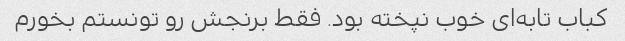
کباب تابه‌ای خوب نپخته بود. فقط برنجش رو تونستم بخورم